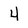
Character: 4